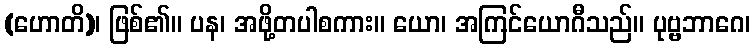
(ဟောတိ)၊ ဖြစ်၏။ ပန၊ အဖို့တပါစကား။ ယော၊ အကြင်ယောဂီသည်။ ပုဗ္ဗဘာဂေ၊